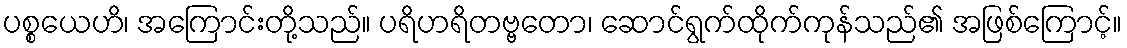
ပစ္စယေဟိ၊ အကြောင်းတို့သည်။ ပရိဟရိတဗ္ဗတော၊ ဆောင်ရွက်ထိုက်ကုန်သည်၏ အဖြစ်ကြောင့်။